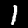
Digit: 1